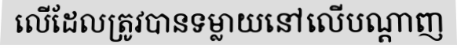
លើដែលត្រូវបានទម្លាយនៅលើបណ្តាញ